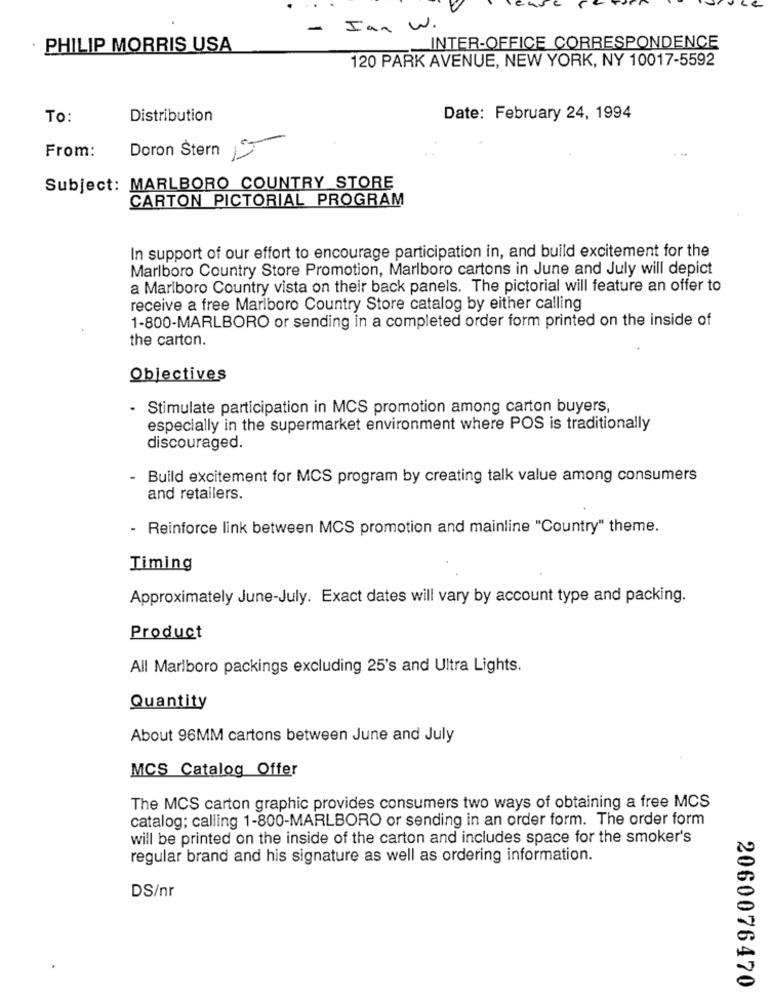
-
Ian w.
PHILIP MORRIS USA
INTER-OFFICE CORRESPONDENCE
120 PARK AVENUE, NEW YORK, NY 10017-5592
To:
Distribution
Date: February 24, 1994
From:
Doron Stern 5
Subject: MARLBORO COUNTRY STORE
CARTON PICTORIAL PROGRAM
In support of our effort to encourage participation in, and build excitement for the
Marlboro Country Store Promotion, Marlboro cartons in June and July will depict
a Marlboro Country vista on their back panels. The pictorial will feature an offer to
receive a free Marlboro Country Store catalog by either calling
1-800-MARLBORO or sending in a completed order form printed on the inside of
the carton.
Objectives
- Stimulate participation in MCS promotion among carton buyers,
especially in the supermarket environment where POS is traditionally
discouraged.
- Build excitement for MCS program by creating talk value among consumers
and retailers.
- Reinforce link between MCS promotion and mainline "Country" theme.
Timing
Approximately June-July. Exact dates will vary by account type and packing.
Product
All Marlboro packings excluding 25's and Ultra Lights.
Quantity
About 96MM cartons between June and July
MCS Catalog Offer
The MCS carton graphic provides consumers two ways of obtaining a free MCS
catalog; calling 1-800-MARLBORO or sending in an order form. The order form
will be printed on the inside of the carton and includes space for the smoker's
regular brand and his signature as well as ordering information.
DS/nr
2060076470